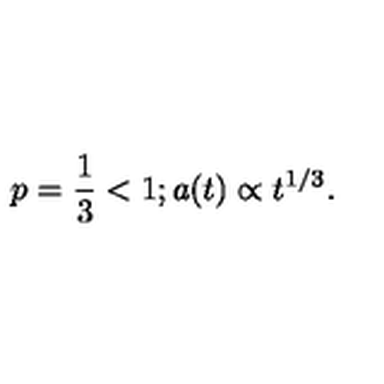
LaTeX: p = \frac { 1 } { 3 } < 1 ; a ( t ) \propto t ^ { 1 / 3 } .